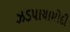
ઝડપાયામોદી